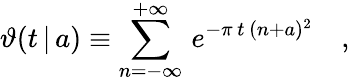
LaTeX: \vartheta(t\, |\, a)\equiv\sum_{n=-\infty}^{+\infty}\, e^{-\pi\, t\, (n+a)^{2}}\quad,